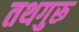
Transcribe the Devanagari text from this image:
तथगुरू